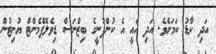
އަދި ކާޑު ކަމަށެވެ. އަދި އެއީ އެ ކުންފުނީގެ ބިޒްނަސް ޑިވެލޮޕްމެންޓް ޔުނިޓުން